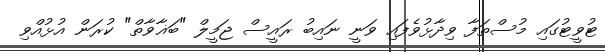
ޓުވީޓުގައި މުސްތަފާ ވިދާޅުވެފައި ވަނީ ނައިބު ރައީސް ޖަމީލް "ބަޣާވާތް" ކުރަން އުޅުއްވި